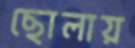
ছোলায়